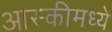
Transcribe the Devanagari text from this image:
आस्कीमध्ये